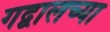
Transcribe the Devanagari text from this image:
गद्वालच्या